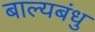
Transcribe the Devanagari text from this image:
बाल्यबंधु